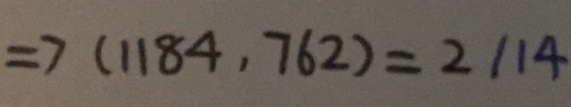
\Rightarrow ( 1 1 8 4 , 7 6 2 ) = 2 1 1 4